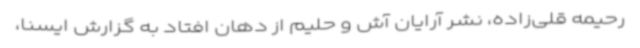
رحیمه قلی‌زاده، نشر آرایان آش و حلیم از دهان افتاد به گزارش ایسنا،